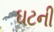
ઘટની